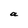
Character: a